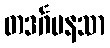
တဒင်္ဂမနသာ